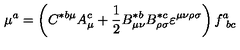
\mu ^ { a } = \left( C ^ { * b \mu } A _ { \mu } ^ { c } + \frac 1 2 B _ { \mu \nu } ^ { * b } B _ { \rho \sigma } ^ { * c } \varepsilon ^ { \mu \nu \rho \sigma } \right) f _ { \ b c } ^ { a }